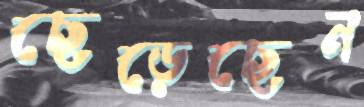
ছেড়েছেন